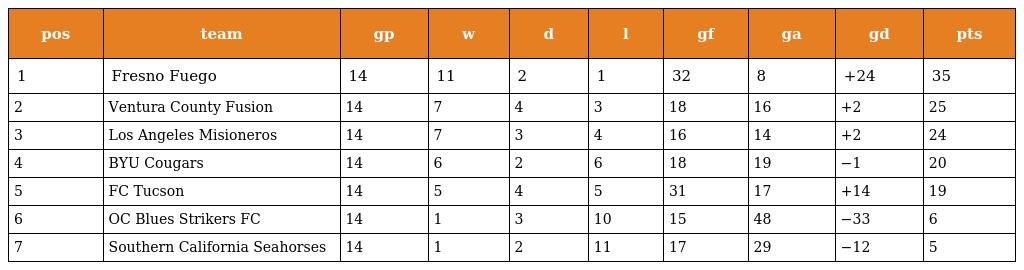
| pos | team | gp | w | d | l | gf | ga | gd | pts |
 | --- | --- | --- | --- | --- | --- | --- | --- | --- | --- |
 | 1 | Fresno Fuego | 14 | 11 | 2 | 1 | 32 | 8 | +24 | 35 |
 | 2 | Ventura County Fusion | 14 | 7 | 4 | 3 | 18 | 16 | +2 | 25 |
 | 3 | Los Angeles Misioneros | 14 | 7 | 3 | 4 | 16 | 14 | +2 | 24 |
 | 4 | BYU Cougars | 14 | 6 | 2 | 6 | 18 | 19 | −1 | 20 |
 | 5 | FC Tucson | 14 | 5 | 4 | 5 | 31 | 17 | +14 | 19 |
 | 6 | OC Blues Strikers FC | 14 | 1 | 3 | 10 | 15 | 48 | −33 | 6 |
 | 7 | Southern California Seahorses | 14 | 1 | 2 | 11 | 17 | 29 | −12 | 5 |